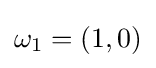
\omega _{1}=(1,0)